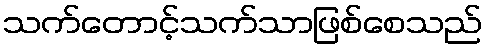
သက်တောင့်သက်သာဖြစ်စေသည်